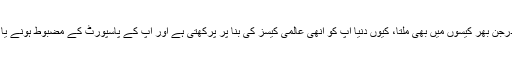
کیا ہی اچھا ہوتا کہ یہ ریلیف ہمیں ماضی کے درجن بھر کیسوں میں بھی ملتا، کیوں دنیا آپ کو انھی عالمی کیسز کی بنا پر پرکھتی ہے اور آپ کے پاسپورٹ کے مضبوط ہونے یا کمزور ہونے کے بارے میں فیصلہ کرتی ہے۔